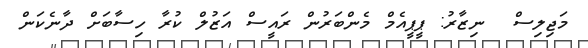
މަޖިލިސް  ނިޒާރު: ޕީޕީއެމް މެންބަރުން ރައީސް އަޒުލް ކުރާ ހިސާބަށް ދާނެކަން